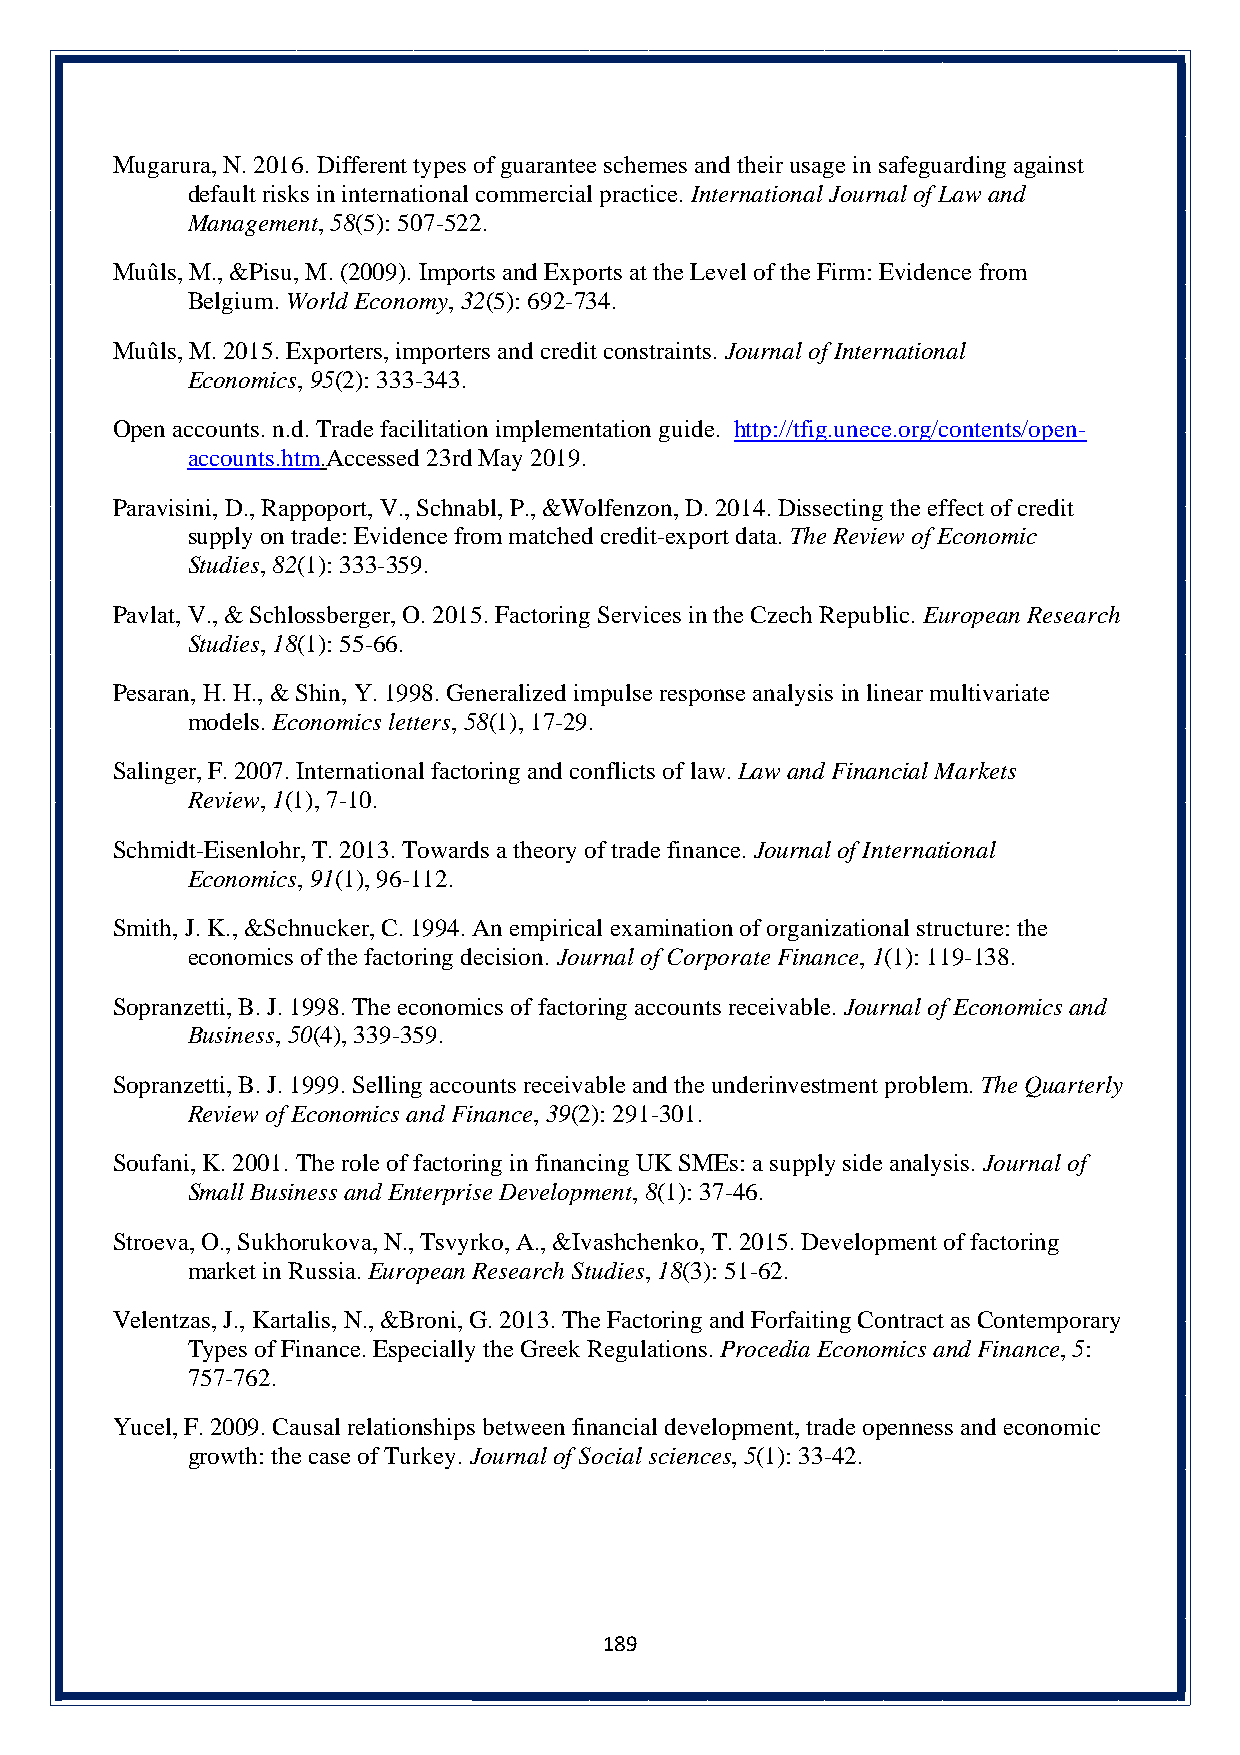
Mugarura, N. 2016. Different types of guarantee schemes and their usage in safeguarding against
 default risks in international commercial practice. International Journal of Law and
 Management, 58(5): 507-522.
 Muûls, M., &Pisu, M. (2009). Imports and Exports at the Level of the Firm: Evidence from
 Belgium. World Economy, 32(5): 692-734.
 Muûls, M. 2015. Exporters, importers and credit constraints. Journal of International
 Economics, 95(2): 333-343.
 Open accounts. n.d. Trade facilitation implementation guide. http://tfig.unece.org/contents/open-
 accounts.htm.Accessed 23rd May 2019.
 Paravisini, D., Rappoport, V., Schnabl, P., &Wolfenzon, D. 2014. Dissecting the effect of credit
 supply on trade: Evidence from matched credit-export data. The Review of Economic
 Studies, 82(1): 333-359.
 Pavlat, V., & Schlossberger, O. 2015. Factoring Services in the Czech Republic. European Research
 Studies, 18(1): 55-66.
 Pesaran, H. H., & Shin, Y. 1998. Generalized impulse response analysis in linear multivariate
 models. Economics letters, 58(1), 17-29.
 Salinger, F. 2007. International factoring and conflicts of law. Law and Financial Markets
 Review, 1(1), 7-10.
 Schmidt-Eisenlohr, T. 2013. Towards a theory of trade finance. Journal of International
 Economics, 91(1), 96-112.
 Smith, J. K., &Schnucker, C. 1994. An empirical examination of organizational structure: the
 economics of the factoring decision. Journal of Corporate Finance, 1(1): 119-138.
 Sopranzetti, B. J. 1998. The economics of factoring accounts receivable. Journal of Economics and
 Business, 50(4), 339-359.
 Sopranzetti, B. J. 1999. Selling accounts receivable and the underinvestment problem. The Quarterly
 Review of Economics and Finance, 39(2): 291-301.
 Soufani, K. 2001. The role of factoring in financing UK SMEs: a supply side analysis. Journal of
 Small Business and Enterprise Development, 8(1): 37-46.
 Stroeva, O., Sukhorukova, N., Tsvyrko, A., &Ivashchenko, T. 2015. Development of factoring
 market in Russia. European Research Studies, 18(3): 51-62.
 Velentzas, J., Kartalis, N., &Broni, G. 2013. The Factoring and Forfaiting Contract as Contemporary
 Types of Finance. Especially the Greek Regulations. Procedia Economics and Finance, 5:
 757-762.
 Yucel, F. 2009. Causal relationships between financial development, trade openness and economic
 growth: the case of Turkey. Journal of Social sciences, 5(1): 33-42.
 189